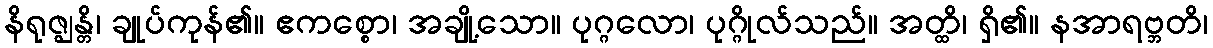
နိရုဇ္ဈန္တိ၊ ချုပ်ကုန်၏။ ဧကစ္စော၊ အချို့သော။ ပုဂ္ဂလော၊ ပုဂ္ဂိုလ်သည်။ အတ္ထိ၊ ရှိ၏။ နအာရဗ္ဘတိ၊